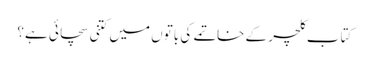
کتاب کلچر کے خاتمے کی باتوں میں کتنی سچائی ہے؟